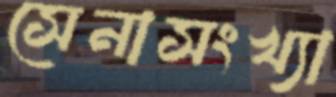
সেনাসংখ্যা